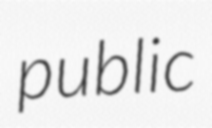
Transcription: public